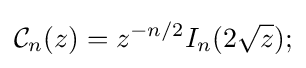
{\mathcal {C}}_{n}(z)=z^{-n/2}I_{n}(2{\sqrt {z}});